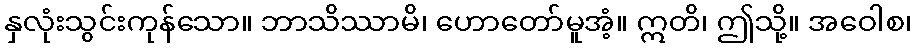
နှလုံးသွင်းကုန်သော။ ဘာသိဿာမိ၊ ဟောတော်မူအံ့။ ဣတိ၊ ဤသို့။ အဝေါစ၊